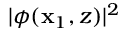
| \phi ( \mathbf { x } _ { 1 } , z ) | ^ { 2 }